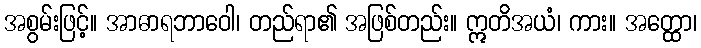
အစွမ်းဖြင့်။ အာဓာရဘာဝေါ၊ တည်ရာ၏ အဖြစ်တည်း။ ဣတိအယံ၊ ကား။ အတ္ထော၊